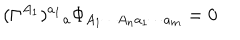
LaTeX: ( \Gamma ^ { A _ { 1 } } ) ^ { a _ { 1 } } { } _ { a } \Phi _ { A _ { 1 } \cdots A _ { n } a _ { 1 } \cdots a _ { m } } = 0